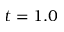
t = 1 . 0